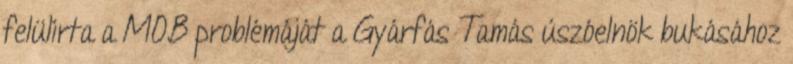
felülírta a MOB problémáját a Gyárfás Tamás úszóelnök bukásához